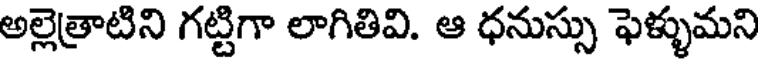
అల్లెత్రాటిని గట్టిగా లాగితివి. ఆ ధనుస్సు ఫెళ్ళుమని